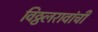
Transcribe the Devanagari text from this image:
विठ्ठलरावांची